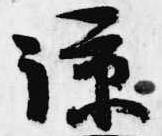
諒